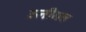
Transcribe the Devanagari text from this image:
ऊनीमठ